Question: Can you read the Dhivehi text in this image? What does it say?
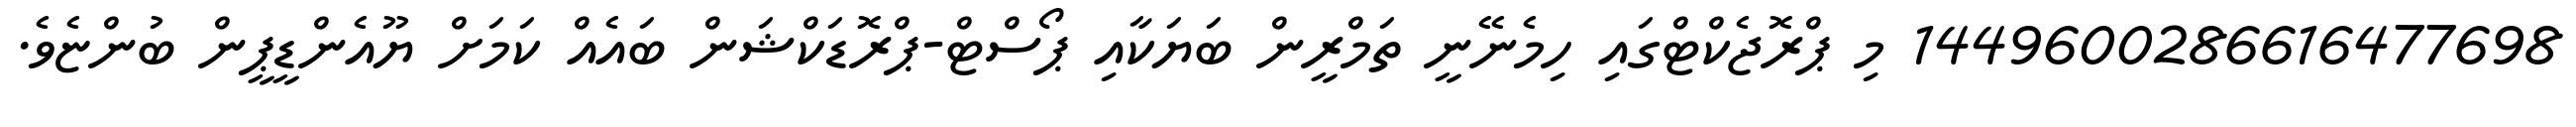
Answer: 1449600286616477698 މި ޕްރޮޖެކްޓްގައި ހިމެނޭނީ ތަމްރީން ބަޔަކާއި ޕޯސްޓް-ޕްރޮޑަކްޝަން ބައެއް ކަމަށް ޔޫއެންޑީޕީން ބުންޏެވެ.